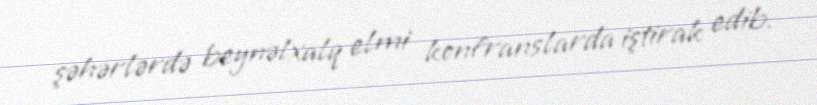
şəhərlərdə beynəlxalq elmi konfranslarda iştirak edib.